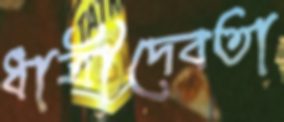
ধাত্রীদেবতা